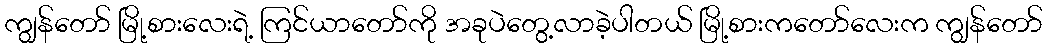
ကျွန်တော် မြို့စားလေးရဲ့ ကြင်ယာတော်ကို အခုပဲတွေ့လာခဲ့ပါတယ် မြို့စားကတော်လေးက ကျွန်တော်